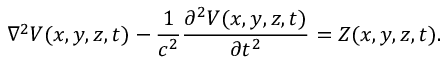
\nabla ^ { 2 } V ( x , y , z , t ) - \frac { 1 } { c ^ { 2 } } \frac { \partial ^ { 2 } V ( x , y , z , t ) } { \partial t ^ { 2 } } = Z ( x , y , z , t ) .